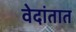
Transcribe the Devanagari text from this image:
वेदांतात